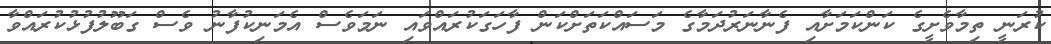
ކުރަނީ ތިމާވެށީގެ ކަންކަމަށާއި ފެނާނަރުދަމާގެ މަސައްކަތަށްކަން ފާހަގަކުރައްވައި ނަމަވެސް އެމަނިކުފާނު ވެސް ގަބޫލުފުޅުކުރައްވާ